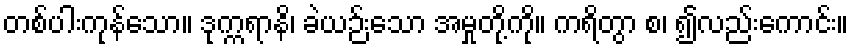
တစ်ပါးကုန်သော။ ဒုက္ကရာနိ၊ ခဲယဉ်းသော အမှုတို့ကို။ ကရိတွာ စ၊ ၍လည်းကောင်း။